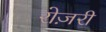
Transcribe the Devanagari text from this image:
रोज़री